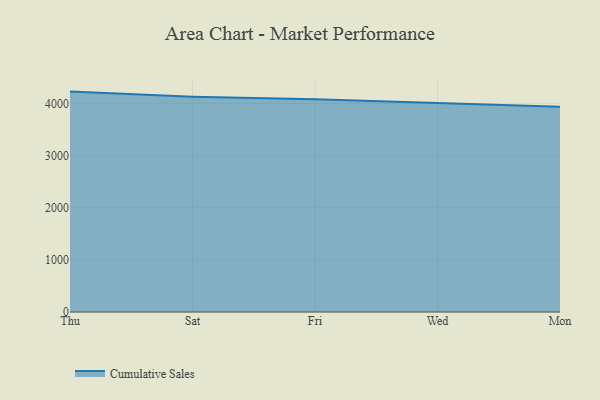
{"axis": {"x": "Day", "y": "Headcount"}, "legend": ["Cumulative Sales"], "data": [{"x": "Thu", "y": 4227.7, "type": "Cumulative Sales"}, {"x": "Sat", "y": 4128.6, "type": "Cumulative Sales"}, {"x": "Fri", "y": 4079.5, "type": "Cumulative Sales"}, {"x": "Wed", "y": 4010.5, "type": "Cumulative Sales"}, {"x": "Mon", "y": 3937.8, "type": "Cumulative Sales"}]}